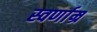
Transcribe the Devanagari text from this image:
स्वर्णाम्र